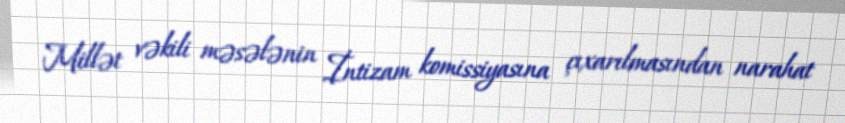
Millət vəkili məsələnin İntizam komissiyasına çıxarılmasından narahat